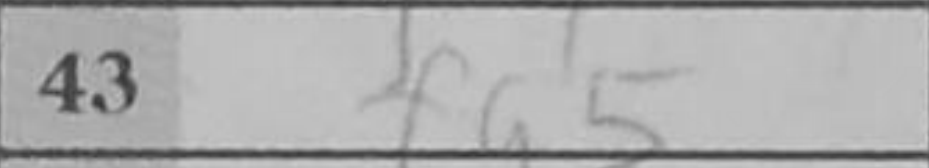
Transcription: fg5